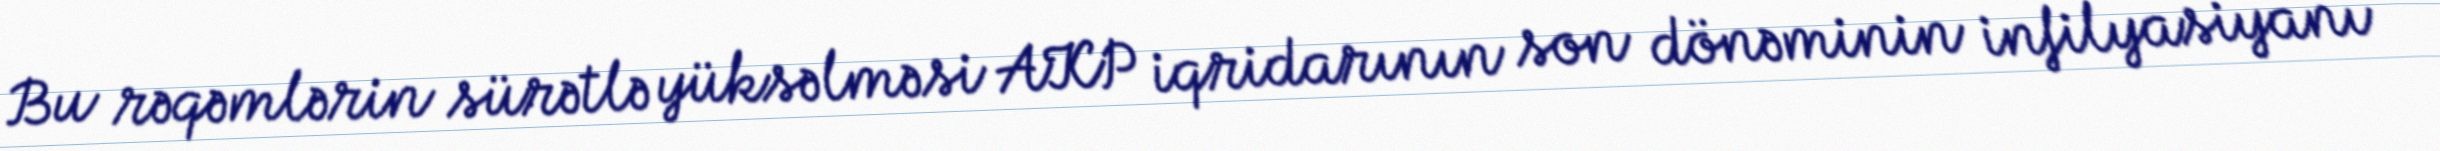
Bu rəqəmlərin sürətlə yüksəlməsi AKP iqridarının son dönəminin infilyasiyanı